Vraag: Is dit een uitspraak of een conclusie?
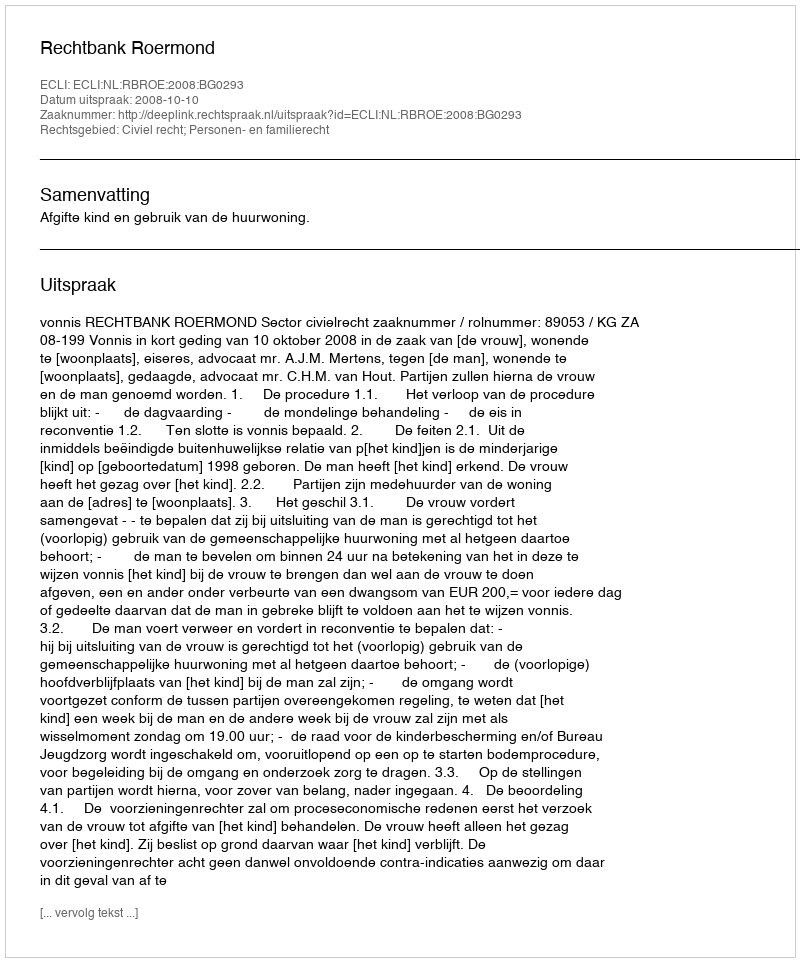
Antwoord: Uitspraak